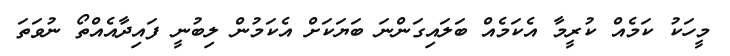
މީހަކު ކަމެއް ކުރީމާ އެކަމެއް ބަލައިގަންނަ ބަޔަކަށް އެކަމުން ލިބުނީ ފައިދާއެއްތޯ ނުވަތަ